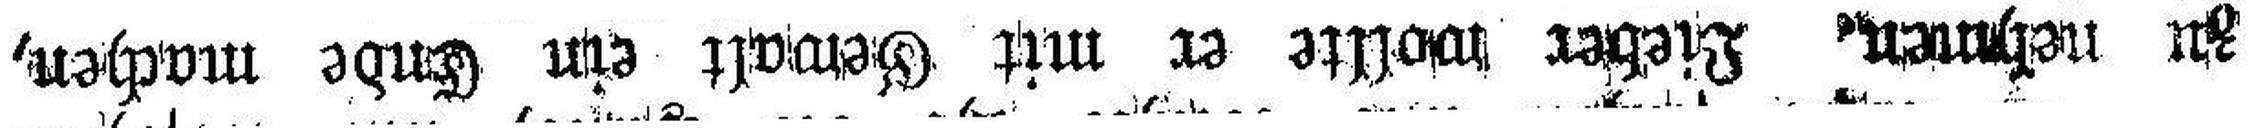
zu nehmen. Lieber wollte er mit Gewalt ein Ende machen,